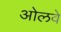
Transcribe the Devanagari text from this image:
ओलवे